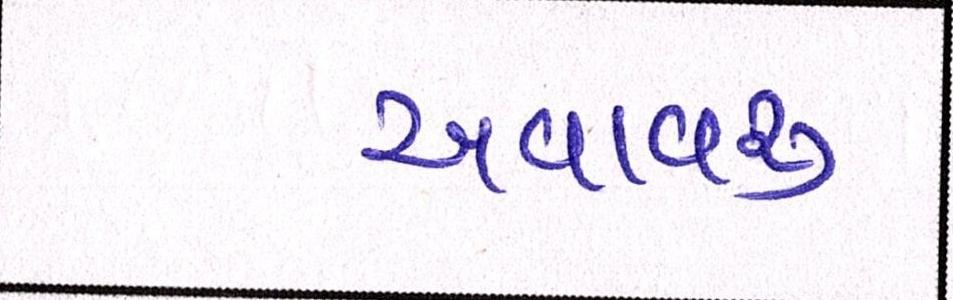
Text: અવાવરૂ